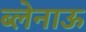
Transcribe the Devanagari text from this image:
ब्लेनाऊ